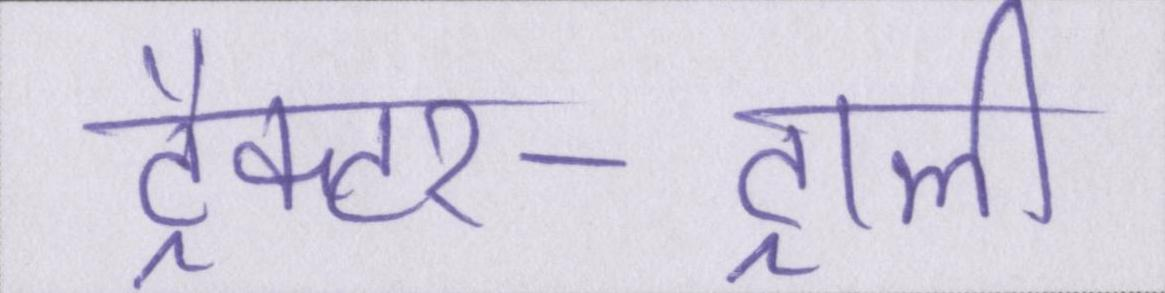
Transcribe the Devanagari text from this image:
ट्रैक्टर-ट्राली